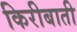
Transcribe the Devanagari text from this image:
किरीबाती